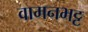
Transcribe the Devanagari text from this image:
वामनभट्ट